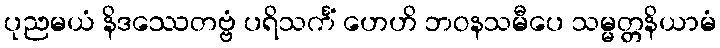
ပုညမယံ နိဒဿေတဗ္ဗံ ပရိသင်္ကံ ဟေဟိ ဘဝနသမီပေ သမ္မတ္တနိယာမံ